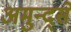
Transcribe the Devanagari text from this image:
अमुन्द्सें